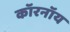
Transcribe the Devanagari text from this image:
कॉरनॉय